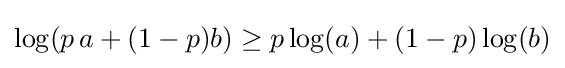
\log(p\,a+(1-p)b)\geq p\log(a)+(1-p)\log(b)